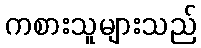
ကစားသူများသည်